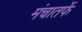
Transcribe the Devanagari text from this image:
मंचातर्फे